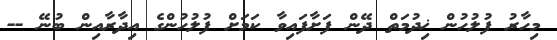
މިހާރު ފުލުހުން ޚިދުމަތް ދޭން ފަށާފައިވާ ކަމަށް ފުލުހުންގެ އިދާރާއިން ބުނޭ --